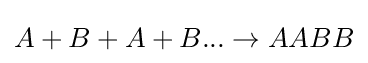
A+B+A+B...\rightarrow AABB